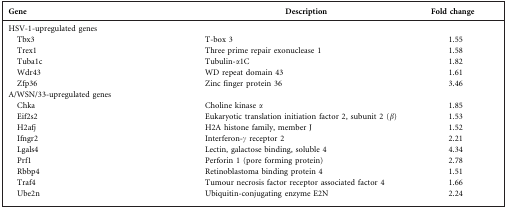
<table><thead><tr><td><b>Gene</b></td><td><b>Description</b></td><td><b>Fold change</b></td></tr></thead><tbody><tr><td>HSV-1-upregulated genes</td><td></td><td></td></tr><tr><td> Tbx3</td><td>T-box 3</td><td>1.55</td></tr><tr><td> Trex1</td><td>Three prime repair exonuclease 1</td><td>1.58</td></tr><tr><td> Tuba1c</td><td>Tubulin-α1C</td><td>1.82</td></tr><tr><td> Wdr43</td><td>WD repeat domain 43</td><td>1.61</td></tr><tr><td> Zfp36</td><td>Zinc finger protein 36</td><td>3.46</td></tr><tr><td>A/WSN/33-upregulated genes</td><td></td><td></td></tr><tr><td> Chka</td><td>Choline kinase α</td><td>1.85</td></tr><tr><td> Eif2s2</td><td>Eukaryotic translation initiation factor 2, subunit 2 (β)</td><td>1.53</td></tr><tr><td> H2afj</td><td>H2A histone family, member J</td><td>1.52</td></tr><tr><td> Ifngr2</td><td>Interferon-γ receptor 2</td><td>2.21</td></tr><tr><td> Lgals4</td><td>Lectin, galactose binding, soluble 4</td><td>4.34</td></tr><tr><td> Prf1</td><td>Perforin 1 (pore forming protein)</td><td>2.78</td></tr><tr><td> Rbbp4</td><td>Retinoblastoma binding protein 4</td><td>1.51</td></tr><tr><td> Traf4</td><td>Tumour necrosis factor receptor associated factor 4</td><td>1.66</td></tr><tr><td> Ube2n</td><td>Ubiquitin-conjugating enzyme E2N</td><td>2.24</td></tr></tbody></table>